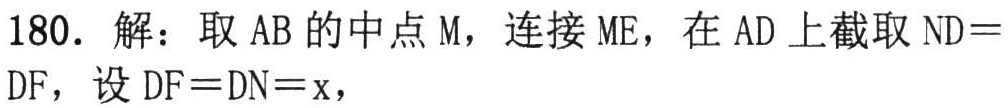
180. 解：取 \(AB\) 的中点 \(M\)，连接 \(ME\)，在 \(AD\) 上截取 \(ND = DF\)，设 \(DF = DN = x\)，